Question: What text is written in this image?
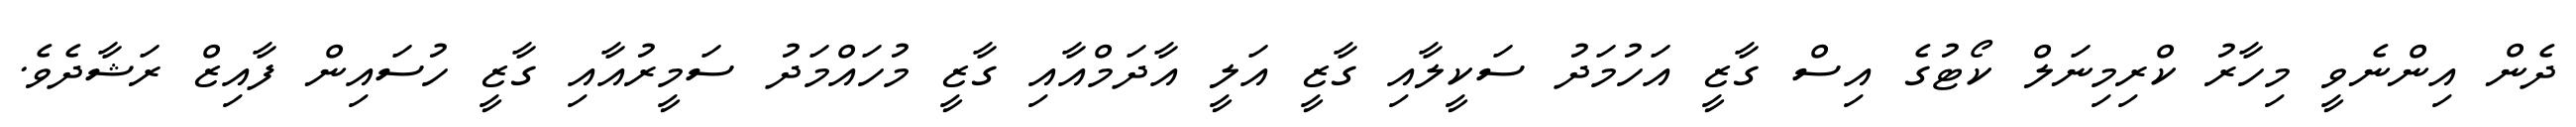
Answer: ދެން އިންނެވީ މިހާރު ކްރިމިނަލް ކޯޓުގެ އިސް ގާޒީ އަހުމަދު ސަކީލާއި ގާޒީ އަލީ އާދަމްއާއި ގާޒީ މުހައްމަދު ސަމީރުއާއި ގާޒީ ހުސައިން ފާއިޒް ރަޝާދެވެ.